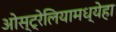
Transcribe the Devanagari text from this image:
ओस्ट्रेलियामध्येहा